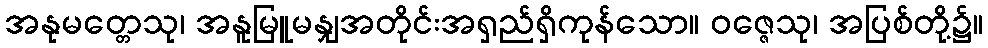
အနုမတ္တေသု၊ အနူမြူမနျှအတိုင်းအရှည်ရှိကုန်သော။ ဝဇ္ဇေသု၊ အပြစ်တို့၌။